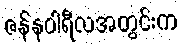
ဇန်နဝါရီလအတွင်းက